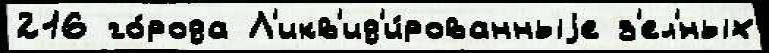
216 го́рода Л'икв'ид'и́рованныjе з'ел'́ных